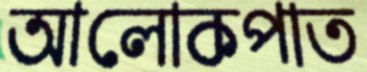
আলোকপাত